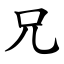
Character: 兄